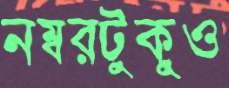
নম্বরটুকুও